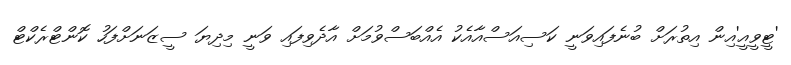
'ޓީވީއީ'އިން އިތުރަށް ބުނެފައިވަނީ ކަސިއަސްއާއެކު އެއްބަސްވުމަށް އާދެވިފައި ވަނީ މިދިޔަ ސީޒަނަށްފަހު ކޮންޓްރެކްޓް